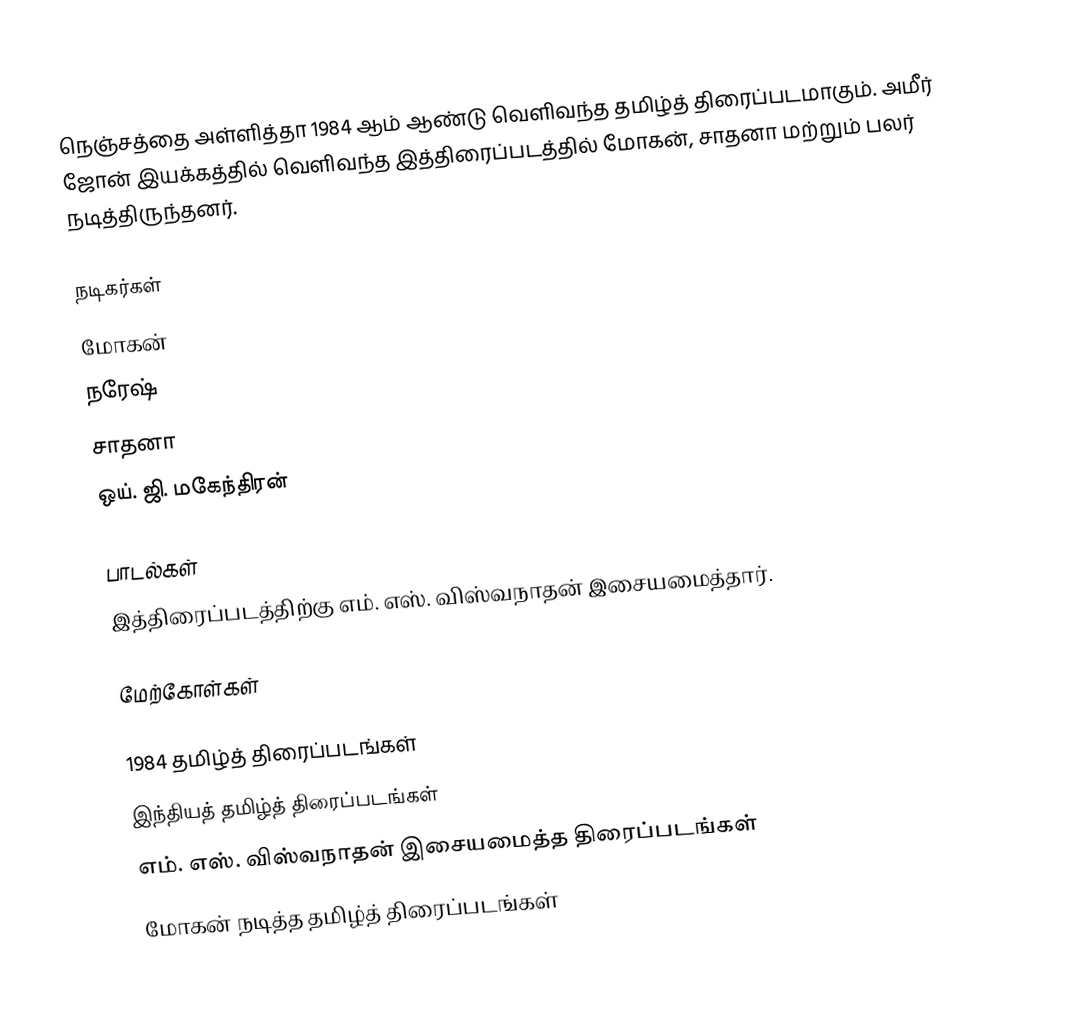
நெஞ்சத்தை அள்ளித்தா 1984 ஆம் ஆண்டு வெளிவந்த தமிழ்த் திரைப்படமாகும். அமீர் ஜோன் இயக்கத்தில் வெளிவந்த இத்திரைப்படத்தில் மோகன், சாதனா மற்றும் பலர் நடித்திருந்தனர்.

நடிகர்கள்
 மோகன்
 நரேஷ்
 சாதனா
 ஒய். ஜி. மகேந்திரன்

பாடல்கள்
இத்திரைப்படத்திற்கு எம். எஸ். விஸ்வநாதன் இசையமைத்தார்.

மேற்கோள்கள்

1984 தமிழ்த் திரைப்படங்கள்
இந்தியத் தமிழ்த் திரைப்படங்கள்
எம். எஸ். விஸ்வநாதன் இசையமைத்த திரைப்படங்கள்
மோகன் நடித்த தமிழ்த் திரைப்படங்கள்